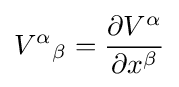
V^{\alpha }{}_{\beta }={\partial V^{\alpha } \over \partial x^{\beta }}